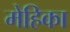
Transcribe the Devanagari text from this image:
मेहिका